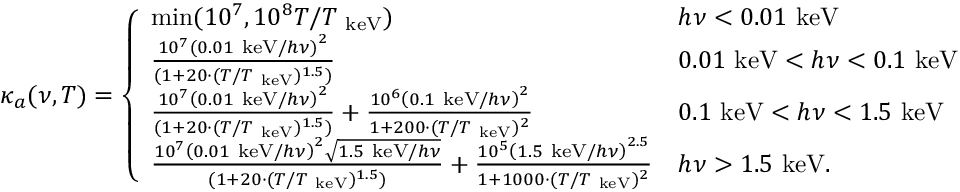
\kappa _ { a } ( \nu , T ) = \left\{ \begin{array} { l l } { \mathrm { m i n } ( 1 0 ^ { 7 } , 1 0 ^ { 8 } T / T _ { \mathrm { ~ k e V } } ) } & { h \nu < 0 . 0 1 \mathrm { ~ k e V } } \\ { \frac { 1 0 ^ { 7 } \left( 0 . 0 1 \mathrm { ~ k e V } / h \nu \right) ^ { 2 } } { ( 1 + 2 0 \cdot ( T / T _ { \mathrm { ~ k e V } } ) ^ { 1 . 5 } ) } } & { 0 . 0 1 \mathrm { ~ k e V } < h \nu < 0 . 1 \mathrm { ~ k e V } } \\ { \frac { 1 0 ^ { 7 } \left( 0 . 0 1 \mathrm { ~ k e V } / h \nu \right) ^ { 2 } } { ( 1 + 2 0 \cdot ( T / T _ { \mathrm { ~ k e V } } ) ^ { 1 . 5 } ) } + \frac { 1 0 ^ { 6 } \left( 0 . 1 \mathrm { ~ k e V } / h \nu \right) ^ { 2 } } { 1 + 2 0 0 \cdot ( T / T _ { \mathrm { ~ k e V } } ) ^ { 2 } } } & { 0 . 1 \mathrm { ~ k e V } < h \nu < 1 . 5 \mathrm { ~ k e V } } \\ { \frac { 1 0 ^ { 7 } \left( 0 . 0 1 \mathrm { ~ k e V } / h \nu \right) ^ { 2 } \sqrt { 1 . 5 \mathrm { ~ k e V } / h \nu } } { ( 1 + 2 0 \cdot ( T / T _ { \mathrm { ~ k e V } } ) ^ { 1 . 5 } ) } + \frac { 1 0 ^ { 5 } \left( 1 . 5 \mathrm { ~ k e V } / h \nu \right) ^ { 2 . 5 } } { 1 + 1 0 0 0 \cdot ( T / T _ { \mathrm { ~ k e V } } ) ^ { 2 } } } & { h \nu > 1 . 5 \mathrm { ~ k e V } . } \end{array} \right.